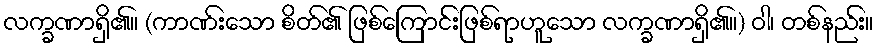
လက္ခဏာရှိ၏။ (ကာဏ်းသော စိတ်၏ ဖြစ်ကြောင်းဖြစ်ရာဟူသော လက္ခဏာရှိ၏။) ဝါ၊ တစ်နည်း။